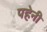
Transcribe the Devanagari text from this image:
पहेनी